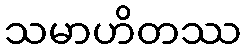
သမာဟိတဿ